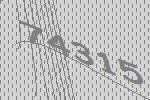
74315